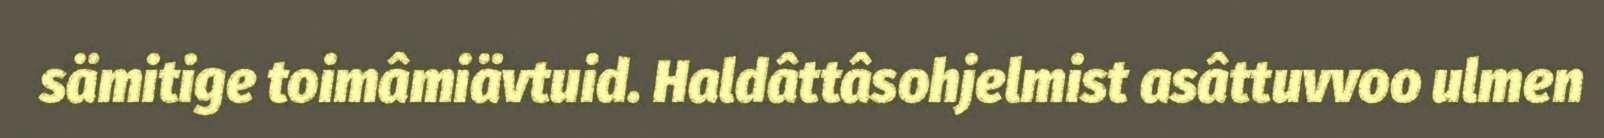
sämitige toimâmiävtuid. Haldâttâsohjelmist asâttuvvoo ulmen